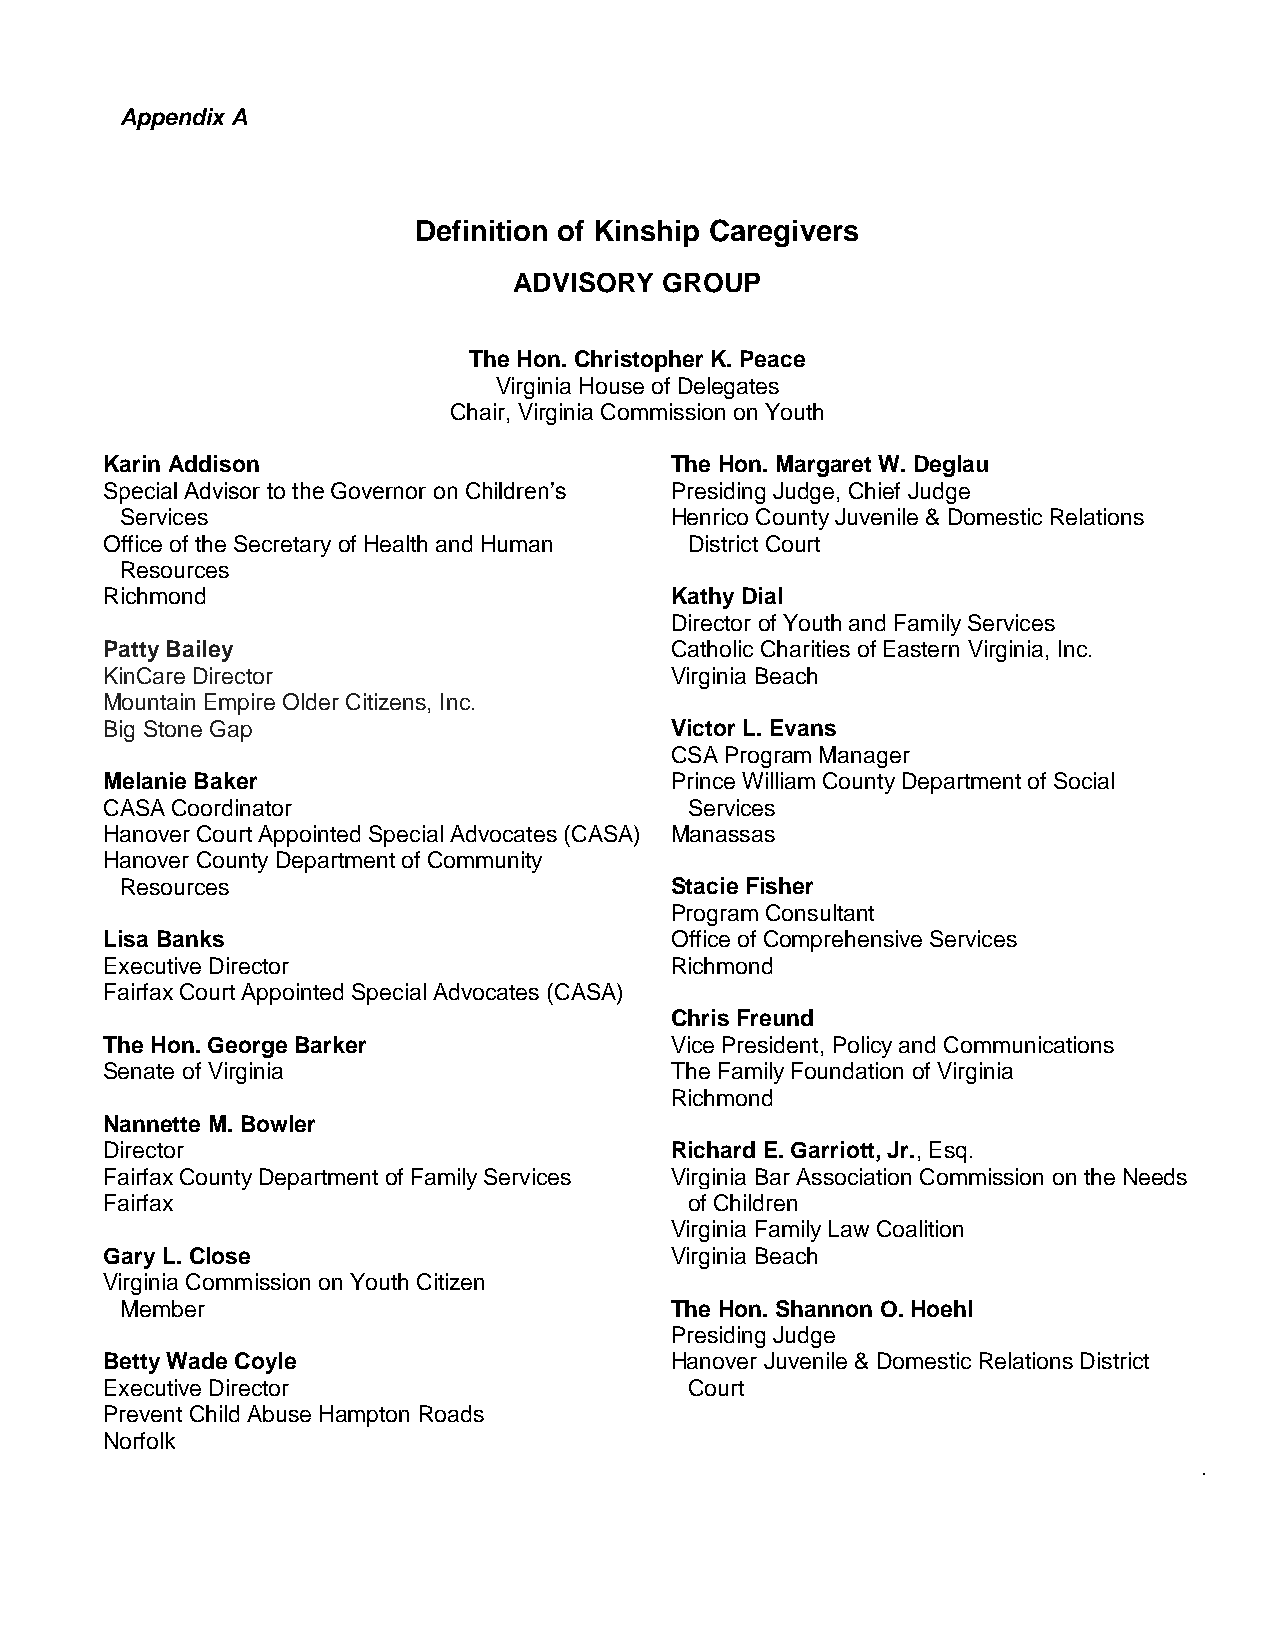
Appendix A
 Definition of Kinship Caregivers
 ADVISORY  GROUP
 The Hon. Christopher K. Peace
 Virginia House of Delegates
 Chair, Virginia Commission on Youth
 Karin Addison                        The Hon. Margaret W. Deglau
 Special Advisor to the Governor on Children’s Presiding Judge, Chief Judge
 Services                            Henrico County Juvenile & Domestic Relations
 Office of the Secretary of Health and Human District Court
 Resources
 Richmond                             Kathy Dial
 Director of Youth and Family Services
 Patty Bailey                         Catholic Charities of Eastern Virginia, Inc.
 KinCare Director                     Virginia Beach
 Mountain Empire Older Citizens, Inc.
 Big Stone Gap                        Victor L. Evans
 CSA Program Manager
 Melanie Baker                        Prince William County Department of Social
 CASA Coordinator                       Services
 Hanover Court Appointed Special Advocates (CASA) Manassas
 Hanover County Department of Community
 Resources                           Stacie Fisher
 Program Consultant
 Lisa Banks                           Office of Comprehensive Services
 Executive Director                   Richmond
 Fairfax Court Appointed Special Advocates (CASA)
 Chris Freund
 The Hon. George Barker               Vice President, Policy and Communications
 Senate of Virginia                   The Family Foundation of Virginia
 Richmond
 Nannette M. Bowler
 Director                             Richard E. Garriott, Jr., Esq.
 Fairfax County Department of Family Services Virginia Bar Association Commission on the Needs
 Fairfax                                of Children
 Virginia Family Law Coalition
 Gary L. Close                        Virginia Beach
 Virginia Commission on Youth Citizen
 Member                              The Hon. Shannon O. Hoehl
 Presiding Judge
 Betty Wade Coyle                     Hanover Juvenile & Domestic Relations District
 Executive Director                     Court
 Prevent Child Abuse Hampton Roads
 Norfolk
 .